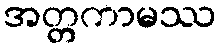
အတ္တကာမဿ